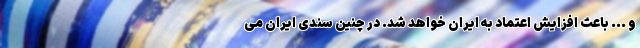
و ... باعث افزایش اعتماد به ایران خواهد شد. در چنین سندی ایران می